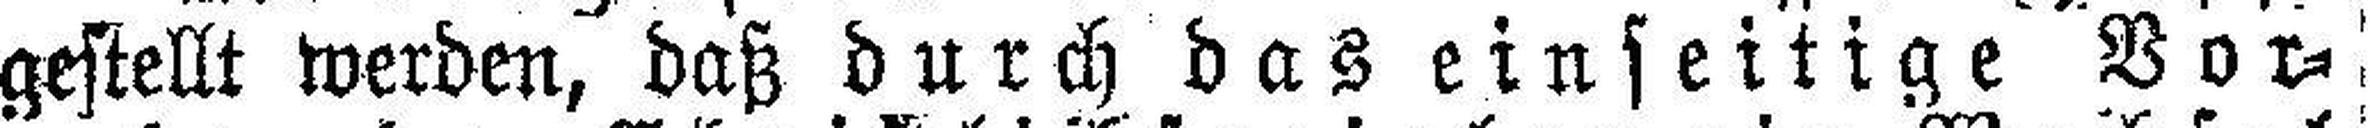
gestellt werden, daß durch das einseitige Vor¬